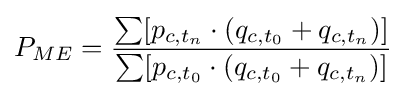
P_{ME}={\frac {\sum [p_{c,t_{n}}\cdot (q_{c,t_{0}}+q_{c,t_{n}})]}{\sum [p_{c,t_{0}}\cdot (q_{c,t_{0}}+q_{c,t_{n}})]}}